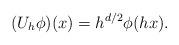
LaTeX: \begin{align*} (U_{h}\phi)(x) = h^{d/2}\phi(hx). \end{align*}